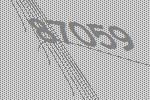
87059